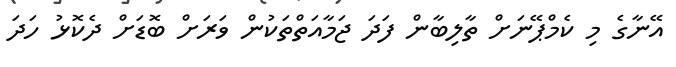
އޭނާގެ މި ކެމްޕޭނަށް ތާލިބާން ފަދަ ޖަމާއަތްތަކުން ވަރަށް ބޮޑަށް ދެކޮޅު ހަދަ